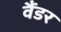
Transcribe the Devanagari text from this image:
वैंडर